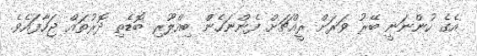
އެގެ ހުންނަނީ ބޭރު ވަރަށް ރީއްޗަށް ފެންނަހެންް ބިއްލޫރި ބޮޑެތި ދޮރުތައް ޖަހާފައެވެ.